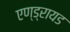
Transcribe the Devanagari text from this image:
एण्ड्रायड